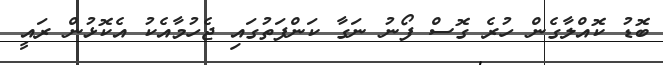
ބޮޑު ކޮއްލާގެން ހުރެ ގޮސް ފޯނު ނަގާ ކަންފަތުގައި ޖެހުމާއެކު އެކޮޅުން ރައީ